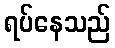
ရပ်နေသည်